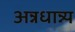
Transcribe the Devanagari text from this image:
अन्नधान्न्य